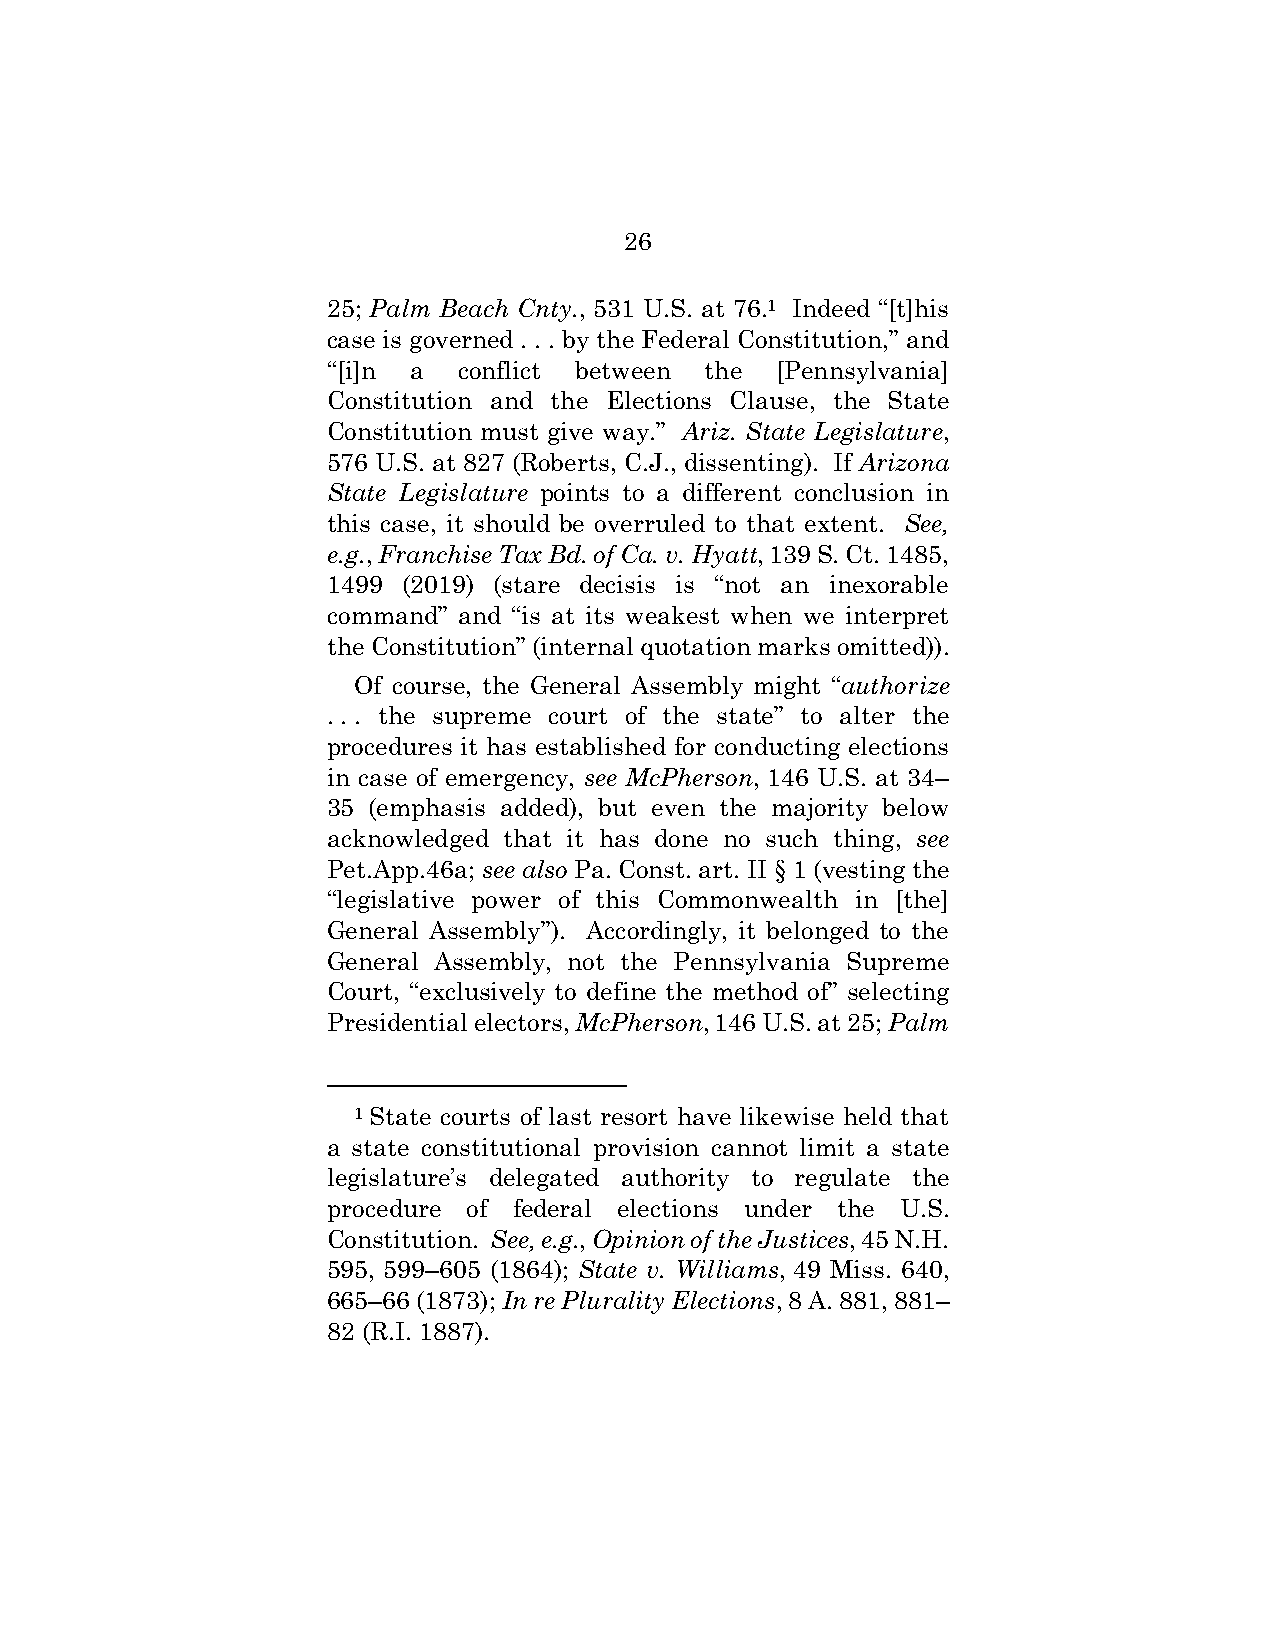
26
 25; Palm Beach Cnty., 531 U.S. at 76.1 Indeed “[t]his
 case is governed . . . by the Federal Constitution,” and
 “[i]n a conflict between the [Pennsylvania]
 Constitution and the Elections Clause, the State
 Constitution must give way.” Ariz. State Legislature,
 576 U.S. at 827 (Roberts, C.J., dissenting). If Arizona
 State Legislature points to a different conclusion in
 this case, it should be overruled to that extent. See,
 e.g., Franchise Tax Bd. of Ca. v. Hyatt, 139 S. Ct. 1485,
 1499 (2019) (stare decisis is “not an inexorable
 command” and “is at its weakest when we interpret
 the Constitution” (internal quotation marks omitted)).
 Of course, the General Assembly might “authorize
 . . . the supreme court of the state” to alter the
 procedures it has established for conducting elections
 in case of emergency, see McPherson, 146 U.S. at 34–
 35 (emphasis added), but even the majority below
 acknowledged that it has done no such thing, see
 Pet.App.46a; see also Pa. Const. art. II § 1 (vesting the
 “legislative power of this Commonwealth in [the]
 General Assembly”). Accordingly, it belonged to the
 General Assembly, not the Pennsylvania Supreme
 Court, “exclusively to define the method of” selecting
 Presidential electors, McPherson, 146 U.S. at 25; Palm
 1 State courts of last resort have likewise held that
 a state constitutional provision cannot limit a state
 legislature’s delegated authority to regulate the
 procedure of federal elections under the U.S.
 Constitution. See, e.g., Opinion of the Justices, 45 N.H.
 595, 599–605 (1864); State v. Williams, 49 Miss. 640,
 665–66 (1873); In re Plurality Elections, 8 A. 881, 881–
 82 (R.I. 1887).